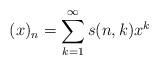
LaTeX: \begin{align*}(x)_n = \sum_{k=1}^\infty s(n,k)x^k\end{align*}